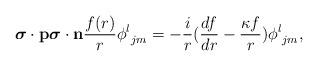
LaTeX: \begin{align*}{{\mbox{\boldmath $\sigma$}}\cdot{\bf p}}{{\mbox{\boldmath $\sigma$}}\cdot{\bf n}}{f(r)\over r}{\phi^l}_{jm}=-{i\over r}({df\over dr}-{\kappa f\over r}){\phi^l}_{jm},\end{align*}